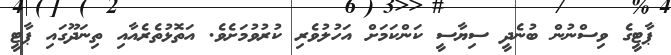
ޕާޓީގެ ވިސްނުން ބުނެދީ ސިޔާސީ ކަންކަމަށް އަހުލުވެރި ކުރުވުމަށެވެ. އަތޮޅުތެރެއާއި ތިނަދޫގައި ޕާޓީ